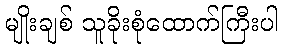
မျိုးချစ် သူခိုးစုံထောက်ကြီးပါ